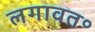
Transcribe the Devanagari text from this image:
लगावत॰